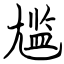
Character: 尴